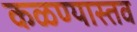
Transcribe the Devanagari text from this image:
कळण्यास्तव